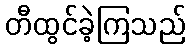
တီထွင်ခဲ့ကြသည်